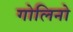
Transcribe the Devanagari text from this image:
गोलिनो